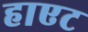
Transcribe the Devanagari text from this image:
हाएट